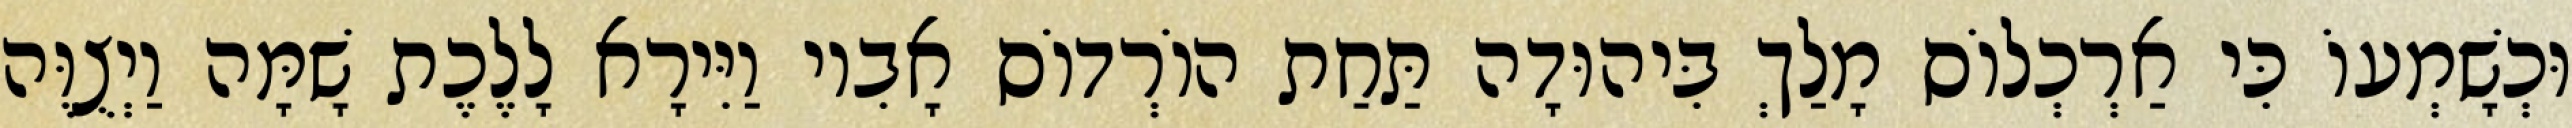
וּכְשָׁמְעוֹ כִּי אַרְכְלוֹס מָלַךְ בִּיהוּדָה תַּחַת הוֹרְדוֹס אָבִיו וַיִּירָא לָלֶכֶת שָׁמָּה וַיְצֻוֶּה